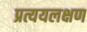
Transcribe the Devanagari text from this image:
प्रत्ययलक्षण